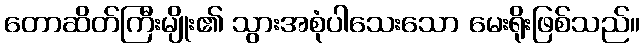
တောဆိတ်ကြီးမျိုး၏ သွားအစုံပါသေးသော မေးရိုးဖြစ်သည်။